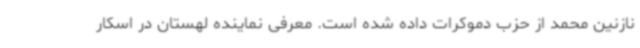
نازنین محمد از حزب دموکرات داده شده است. معرفی نماینده لهستان در اسکار